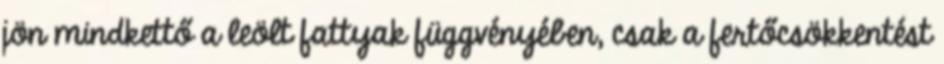
jön mindkettő a leölt fattyak függvényében, csak a fertőcsökkentést